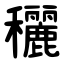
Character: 穲